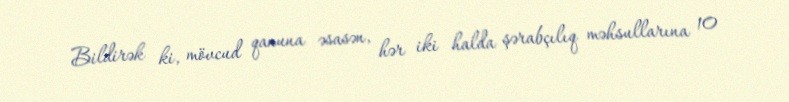
Bildirək ki, mövcud qanuna əsasən, hər iki halda şərabçılıq məhsullarına 10